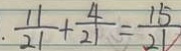
\frac { 1 1 } { 2 1 } + \frac { 4 } { 2 1 } = \frac { 1 5 } { 2 1 }